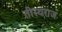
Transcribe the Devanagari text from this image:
तीरथराज